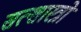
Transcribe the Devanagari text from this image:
सत्शास्त्रो